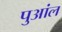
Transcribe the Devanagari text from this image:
पुआंल